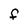
Character: F